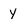
Character: Y